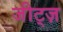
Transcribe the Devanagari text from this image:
जीट्ज़